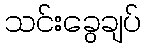
သင်းခွေချပ်